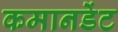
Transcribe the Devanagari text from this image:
कमानडेंट